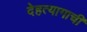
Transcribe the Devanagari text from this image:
देहत्यागाची